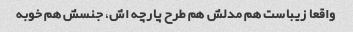
واقعا زیباست هم مدلش هم طرح پارچه اش، جنسش هم خوبه